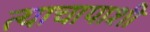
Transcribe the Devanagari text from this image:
त्याचापाशी